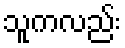
သူကလည်း